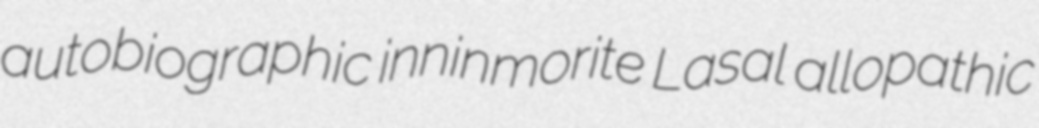
autobiographic inninmorite Lasal allopathic